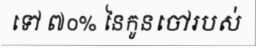
ទៅ ៧០% នៃកូនចៅរបស់